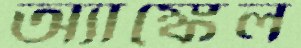
অ্যাঙ্কেল